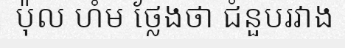
ប៉ុល ហំម ថ្លែងថា ជំនួបរវាង